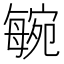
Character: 𣫼